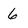
Character: 6